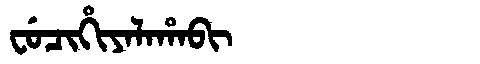
Manchu: ᠸᡠᠴᡳᡥᡳᠶᠠᠯᠠᡥᠠᠪᡳ
Romanization: FUCIHIYALAHABI